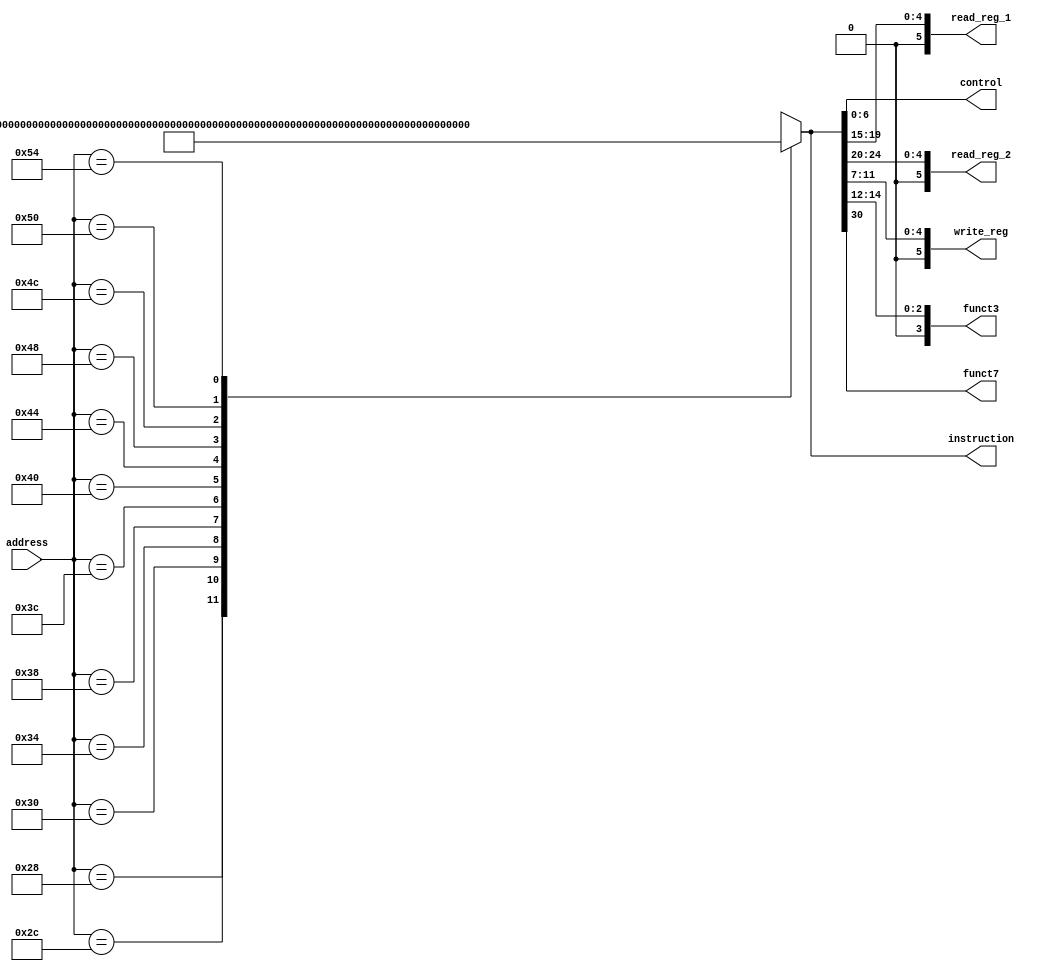

module instrMem(
    output reg [31:0] instruction,
    output [6:0] control,
    output [5:0] read_reg_1, read_reg_2, write_reg,
    output [3:0] funct3,
    output funct7,
    input [63:0] address
);

assign control = instruction [6:0];
assign read_reg_1 = instruction [19:15];
assign read_reg_2 = instruction [24:20];
assign write_reg = instruction [11:7];
assign funct7 = instruction [30];
assign funct3 = instruction [14:12];
always @(*) begin
    case(address)
    'd40    :   instruction <= 32'b00000110010000000010000010000011;
    'd44    :   instruction <= 32'b00000110011000000010000100000011;
    'd48    :   instruction <= 32'b00000110100000000010000110000011;
    'd52    :   instruction <= 32'b00000110101000000010001000000011;
    'd56    :   instruction <= 32'b00000110110000000010001010000011;
    'd60    :   instruction <= 32'b00000110111000000010001100000011;
    'd64    :   instruction <= 32'b00000000010100001000000010110011;
    'd68    :   instruction <= 32'b01000000001100010000000100110011;
    'd72    :   instruction <= 32'b00000000010100010100100000110011;
    'd76    :   instruction <= 32'b00000000001000001000010110110011;
    'd80    :   instruction <= 32'b00000000011001011001111000110011;
    'd84    :   instruction <= 32'b00000001100100000010000010100011;
    default : instruction <= 32'bx;
    endcase
end
endmodule